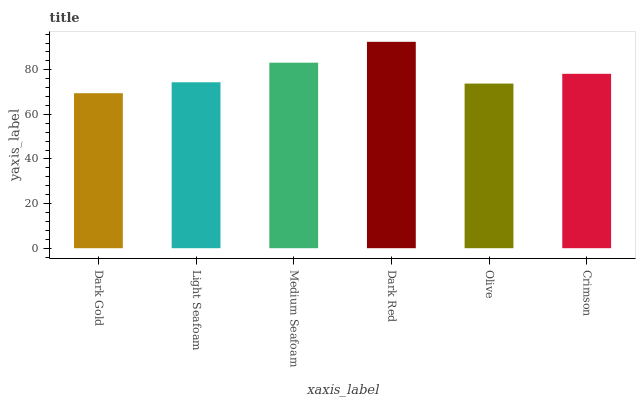
| xaxis_label | bars |
 | --- | --- |
 | Dark Gold | 69.5 |
 | Light Seafoam | 74.4 |
 | Medium Seafoam | 83.2 |
 | Dark Red | 92.5 |
 | Olive | 73.8 |
 | Crimson | 78.2 |